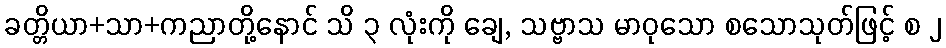
ခတ္တိယာ+သာ+ကညာတို့နောင် သိ ၃ လုံးကို ချေ, သဗ္ဗာသ မာဝုသော စသောသုတ်ဖြင့် စ ၂